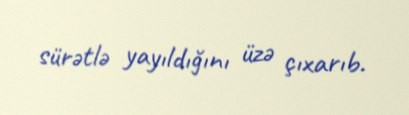
sürətlə yayıldığını üzə çıxarıb.